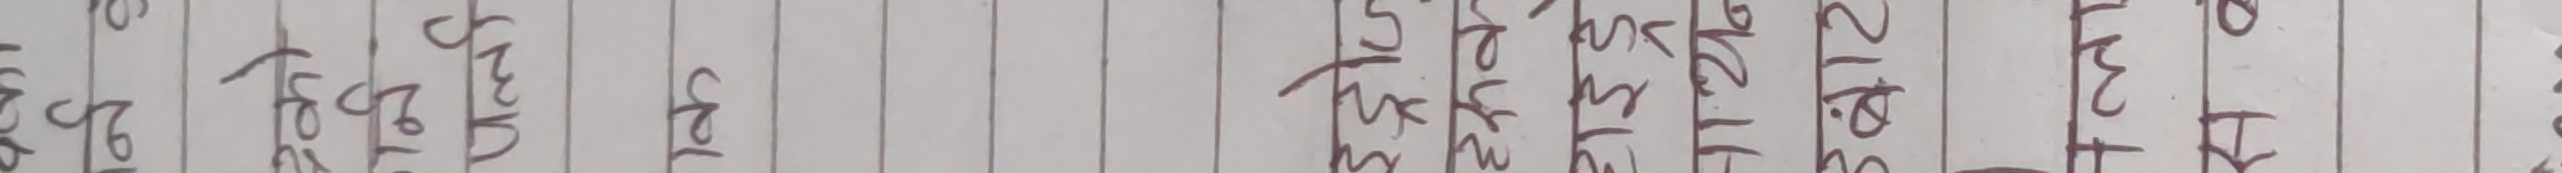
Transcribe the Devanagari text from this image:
२६ २७ होइ छैन छन् काही तिमी उनी पढ्छन कही हामी २- ६ ५ ४ ३ २ १ ७ लेख्छन् जान्छन् आउँछन् सुत्छन् खाल्छन् पिउँछन् दिन्छन् लिन्छन् १२ ११ १० ९ ८ ७ ६ ५ ३ २ १ पढ्छ लेख्छ जान्छ आउँछ दिन्छ छ छ २ १ मा आ खा पि ४ ३ २ १ ९ ८ ७ ६